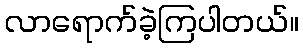
လာရောက်ခဲ့ကြပါတယ်။